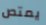
يمتص